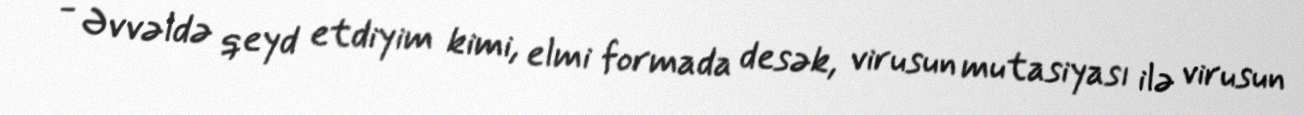
- Əvvəldə qeyd etdiyim kimi, elmi formada desək, virusun mutasiyası ilə virusun